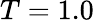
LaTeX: T=1.0